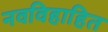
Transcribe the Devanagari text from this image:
नवविहाहित